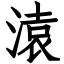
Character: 溒